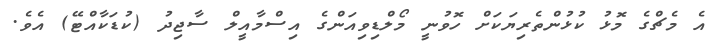
އެ މެޗްގެ މޮޅު ކުޅުންތެރިޔަކަށް ހޮވުނީ މޯލްޑިވިއަންގެ އިސްމާއީލް ސާޖިދު (ކުޑަކާއްޓޭ) އެވެ.